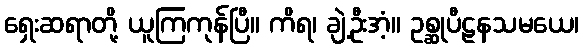
ရှေးဆရာတို့ ယူကြကုန်ပြီ။ ကိရ၊ ချဲ့ဦးအံ့။ ဥစ္ဆုပီဠနသမယေ၊